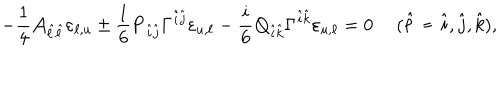
- { \frac { 1 } { 4 } } { \cal A } _ { \hat { \ell } \hat { \ell } } \varepsilon _ { \ell , u } \pm { \frac { 1 } { 6 } } { \bf P } _ { \hat { i } \hat { j } } \Gamma ^ { \hat { i } \hat { j } } \varepsilon _ { u , \ell } - { \frac { i } { 6 } } { \bf Q } _ { \hat { i } \hat { k } } \Gamma ^ { \hat { i } \hat { k } } \varepsilon _ { u , \ell } = 0 \ ( \hat { \ell } \neq \hat { i } , \hat { j } , \hat { k } ) ,